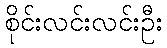
စိုင်းလင်းလင်းဦး